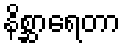
နိစ္ဆာရေတာ